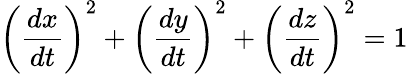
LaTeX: \left({\frac{dx}{dt}}\right)^{2}+\left({\frac{dy}{dt}}\right)^{2}+\left({\frac{dz}{dt}}\right)^{2}=1